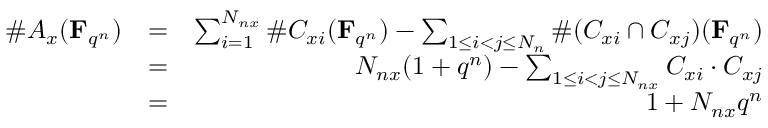
\begin{array} { r l r } { \# A _ { x } ( \mathbf { F } _ { q ^ { n } } ) } & { = } & { \sum _ { i = 1 } ^ { N _ { n x } } \# C _ { x i } ( \mathbf { F } _ { q ^ { n } } ) - \sum _ { 1 \leq i < j \leq N _ { n } } \# ( C _ { x i } \cap C _ { x j } ) ( \mathbf { F } _ { q ^ { n } } ) } \\ & { = } & { N _ { n x } ( 1 + q ^ { n } ) - \sum _ { 1 \leq i < j \leq N _ { n x } } C _ { x i } \cdot C _ { x j } } \\ & { = } & { 1 + N _ { n x } q ^ { n } } \end{array}